Leaving Certificate Examination (including Day School Certificate (Higher) General paper), 1937
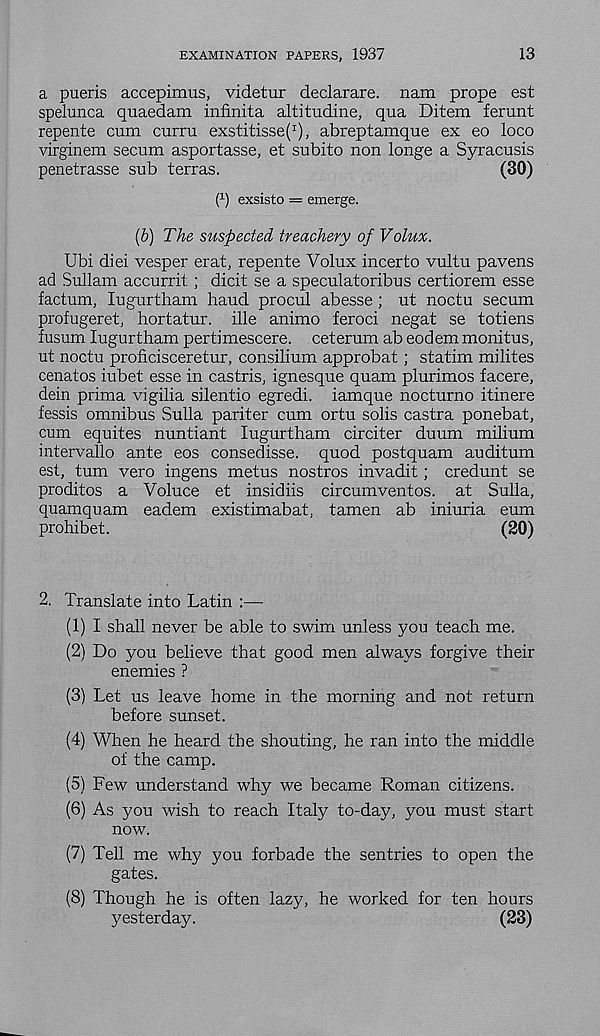
EXAMINATION PAPERS, 1937
13
a pueris accepimus, videtur declarare. nam prope est
spelunca quaedam infinita altitudine, qua Ditem ferunt
repente cum curru exstitisse( I ), abreptamque ex eo loco
virginem secum asportasse, et subito non longe a Syracusis
penetrasse sub terras.
(BO)
l 1 ) exsisto = emerge.
(b) The suspected treachery of Volux.
Ubi diei vesper erat, repente Volux incerto vultu pavens
ad Sullam accurrit ; dicit se a speculatoribus certiorem esse
factum, lugurtham baud procul abesse ; ut noctu secum
profugeret, hortatur. ille animo feroci negat se totiens
fusum lugurtham pertimescere. ceterum ab eodem monitus,
ut noctu proficisceretur, consilium approbat; statim milites
cenatos iubet esse in castris, ignesque quam plurimos facere,
dein prima vigilia silentio egredi. iamque nocturno itinere
fessis omnibus Sulla pariter cum ortu solis castra ponebat,
cum equites nuntiant lugurtham circiter duum milium
intervallo ante eos consedisse. quod postquam auditum
est, turn vero ingens metus nostros invadit; credunt se
proditos a Voluce et insidiis circumventos. at Sulla,
quamquam eadem existimabat, tamen ab iniuria eum
prohibet.
(20)
2. Translate into Latin :—
(1) I shall never be able to swim unless you teach me.
(2) Do you believe that good men always forgive their
enemies ?
(3) Let us leave home in the morning and not return
before sunset.
(4) When he heard the shouting, he ran into the middle
of the camp.
(5) Few understand why we became Roman citizens.
(6) As you wish to reach Italy to-day, you must start
now.
(7) Tell me why you forbade the sentries to open the
gates.
(8) Though he is often lazy, he worked for ten hours
yesterday.
(23)